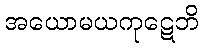
အယောမယကုဋေဘိ